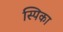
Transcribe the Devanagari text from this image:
स्पिका